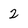
Character: 2